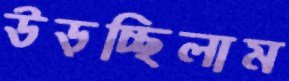
উড়চ্ছিলাম